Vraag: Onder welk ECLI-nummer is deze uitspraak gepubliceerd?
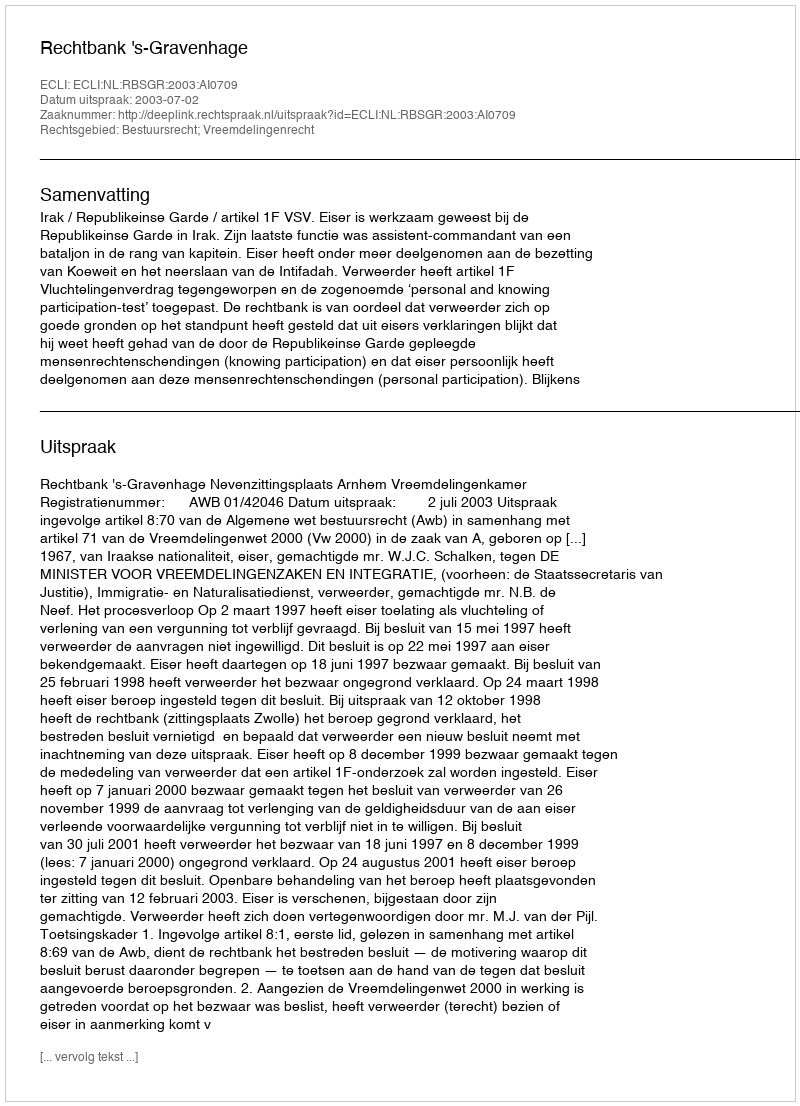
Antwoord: ECLI:NL:RBSGR:2003:AI0709